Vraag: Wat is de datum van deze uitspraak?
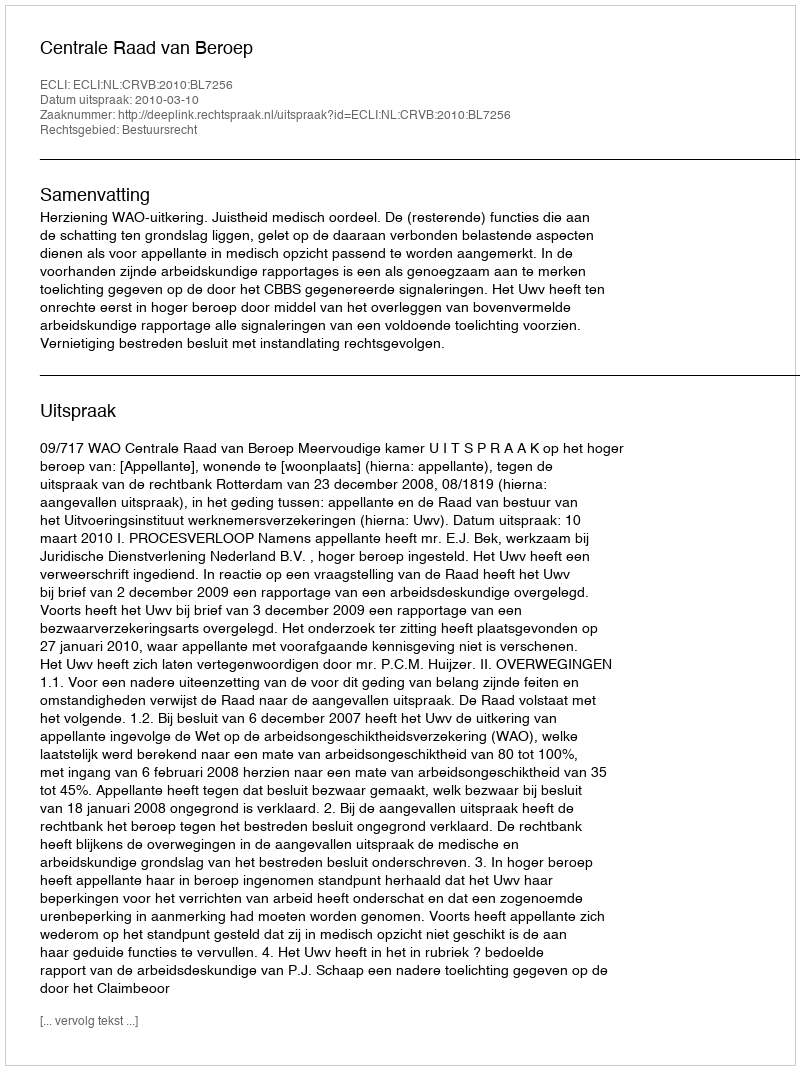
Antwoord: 2010-03-10